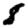
Digit: 8